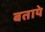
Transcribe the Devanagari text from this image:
बतायेे